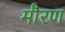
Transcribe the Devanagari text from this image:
मौरण